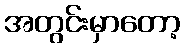
အတွင်းမှာတော့